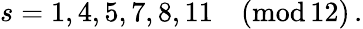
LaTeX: s=1,4,5,7,8,11\quad(\textrm{mod}\, 12)\, .